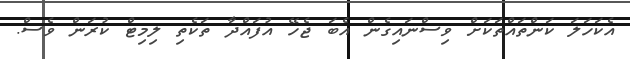
އެކަހަލަ ކަންތައްތަކަށް ވިސްނައިގެން އެބަ ޖެހޭ އުފައްދާ ތަކެތި ލިމިޓް ކުރަން ވެސް.